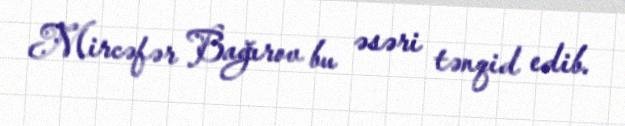
Mircəfər Bağırov bu əsəri tənqid edib.